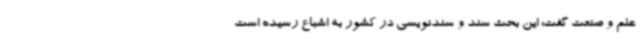
علم و صنعت گفت: این بحث سند و سندنویسی در کشور به اشباع رسیده است